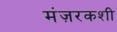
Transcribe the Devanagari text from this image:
मंज़रकशी